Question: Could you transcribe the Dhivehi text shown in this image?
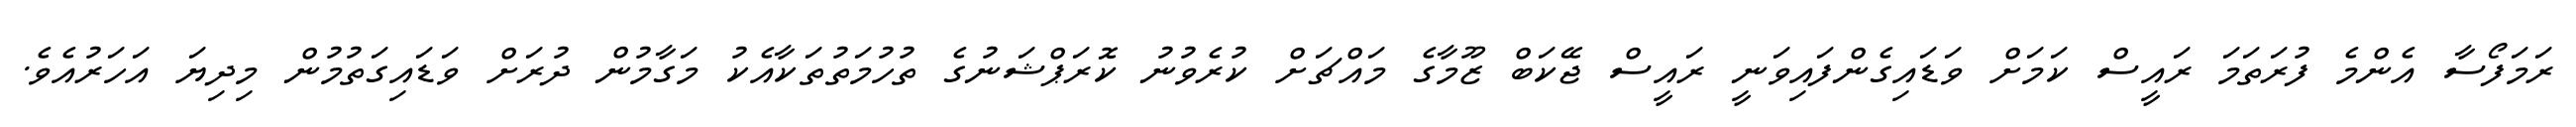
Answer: ރަމަފޯސާ އެންމެ ފުރަތަމަ ރައީސް ކަމަށް ވަޑައިގެންފައިވަނީ ރައީސް ޖޭކަބް ޒޫމާގެ މައްޗަށް ކުރެވުނު ކޮރަޕްޝަނުގެ ތުހުމަތުތަކާއެކު މަގާމުން ދުރަށް ވަޑައިގަތުމުން މިދިޔަ އަހަރުއެވެ.